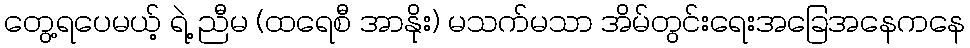
တွေ့ရပေမယ့် ရဲ့ ညီမ (ထရေစီ အာနိုး) မသက်မသာ အိမ်တွင်းရေးအခြေအနေကနေ